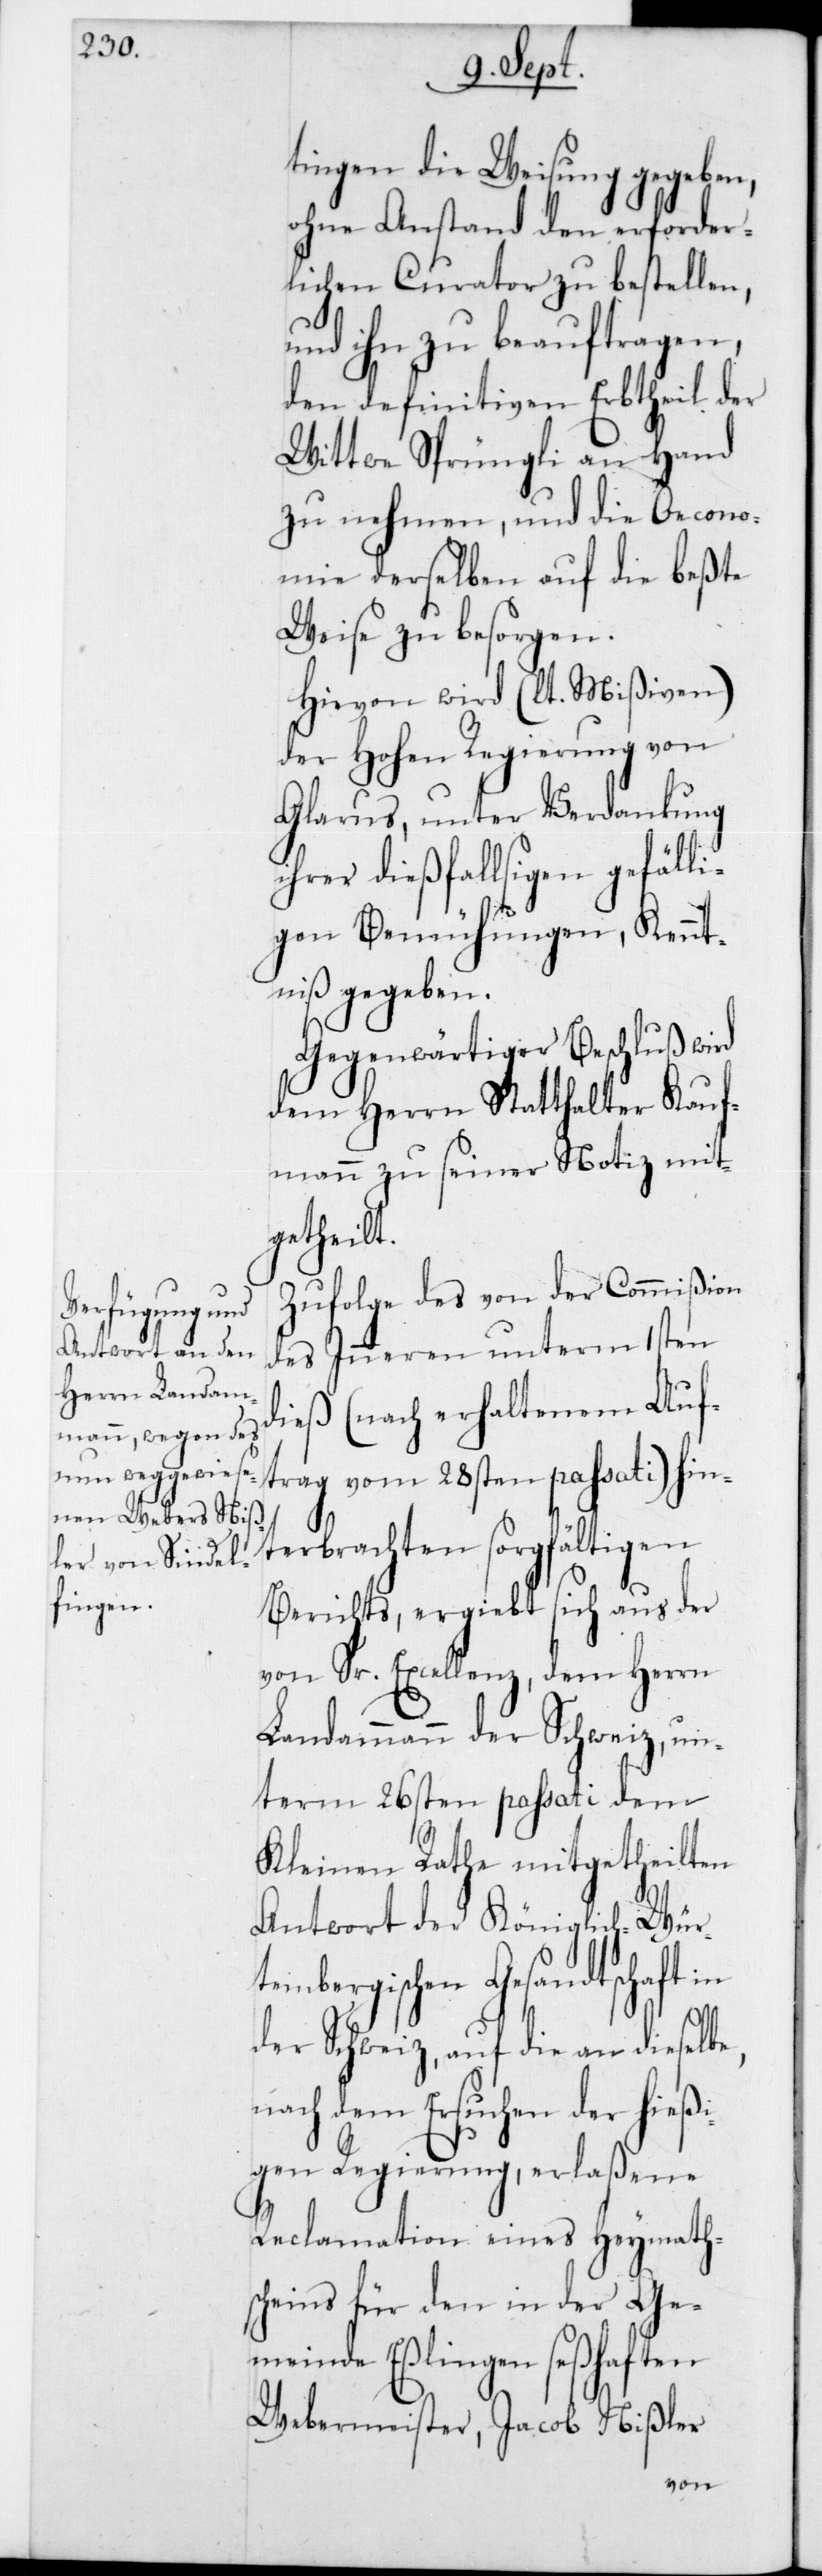
tingen die Weisung gegeben,
ohne Anstand den erforder¬
lichen Curator zu bestellen,
und ihn zu beauftragen,
den definitiven Erbtheil der
Wittwe Sprüngli an Hand
zu nehmen, und die Oecono¬
mie derselben auf die beßte
Weise zu besorgen.
Hievon wird (lt. Mißiven)
der Hohen Regierung von
Glarus, unter Verdankung
ihrer dießfallsigen gefälli¬
gen Bemühungen, Kennt¬
niß gegeben.
Gegenwärtiger Beschluß wird
dem Herrn Statthalter Kauf¬
mann zu seiner Notiz mit¬
getheilt.
Zufolge des von der Commißion
des Inneren unterm 1sten
dieß (nach erhaltenem Auf¬
trag vom 28sten passati) hin¬
terbrachten sorgfältigen
Berichts, ergiebt sich aus der
von Sr. Excellenz,dem Herrn
Landammann der Schweiz, un¬
term 26sten passati dem
Kleinen Rathe mitgetheilten
Antwort der Königlich-Wür¬
tembergischen Gesandtschaft in
der Schweiz, auf die an dieselbe,
nach dem Ersuchen der hießi¬
gen Regierung, erlaßene
Reclamation eines Heymath¬
scheins für den in der Ge¬
meinde Eßlingen seßhaften
Webermeister, Jacob Nißler